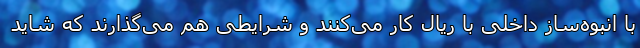
با انبوه‌ساز داخلی با ریال کار می‌کنند و شرایطی هم می‌گذارند که شاید